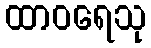
ထာဝရေသု